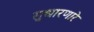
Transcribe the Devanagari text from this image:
सुधारणारे